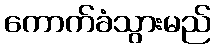
ကောက်ခံသွားမည်